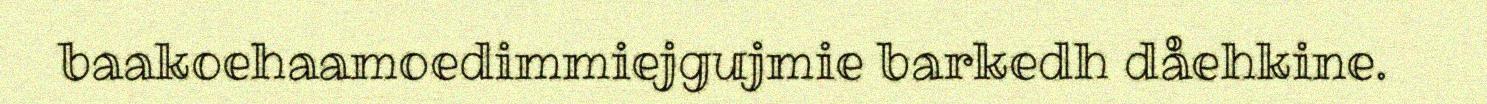
baakoehaamoedimmiejgujmie barkedh dåehkine.